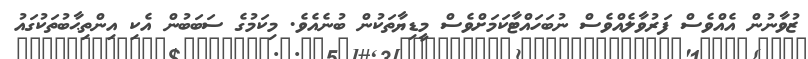
ޒުވާނުން އެއްވެސް ފަރުވާލެއްވެސް ނުބަހައްޓާކަމަށްވެސް މީޑިޔާތަކުން ބުނެއެވެ. މިކަމުގެ ސަބަބުން އެކި އިންތިޙާބުތަކުގައު